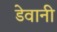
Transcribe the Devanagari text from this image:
डेवानी